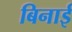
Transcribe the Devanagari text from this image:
बिनाई